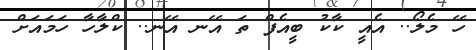
ހޭ މެލޯ.. އެއީ ކާކު ބީއެފް ތަ އޭނ އޭނ.. ކްލާހާ ހަމައަށް